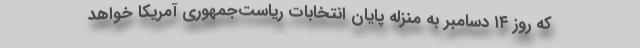
که روز ۱۴ دسامبر به منزله پایان انتخابات ریاست‌جمهوری آمریکا خواهد